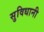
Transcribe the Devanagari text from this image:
सुविधानी